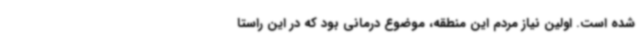
شده است. اولین نیاز مردم این منطقه، موضوع درمانی بود که در این راستا